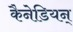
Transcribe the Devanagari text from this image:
कैनेडियन्